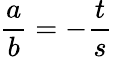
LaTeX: {\frac{a}{b}}=-{\frac{t}{s}}